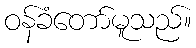
ဝန်ခံတော်မူသည်။